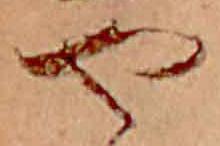
や